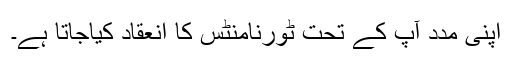
اپنی مدد آپ کے تحت ٹورنامنٹس کا انعقاد کیاجاتا ہے۔